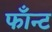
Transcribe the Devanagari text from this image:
फाँन्ट